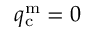
q _ { \mathrm { c } } ^ { \mathrm { m } } = 0